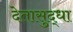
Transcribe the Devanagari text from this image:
देतासुद्धा